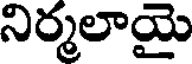
నిర్మలాయై